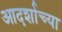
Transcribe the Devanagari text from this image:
आदर्शाच्‍या